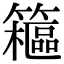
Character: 䉩